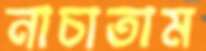
নাচাতাম